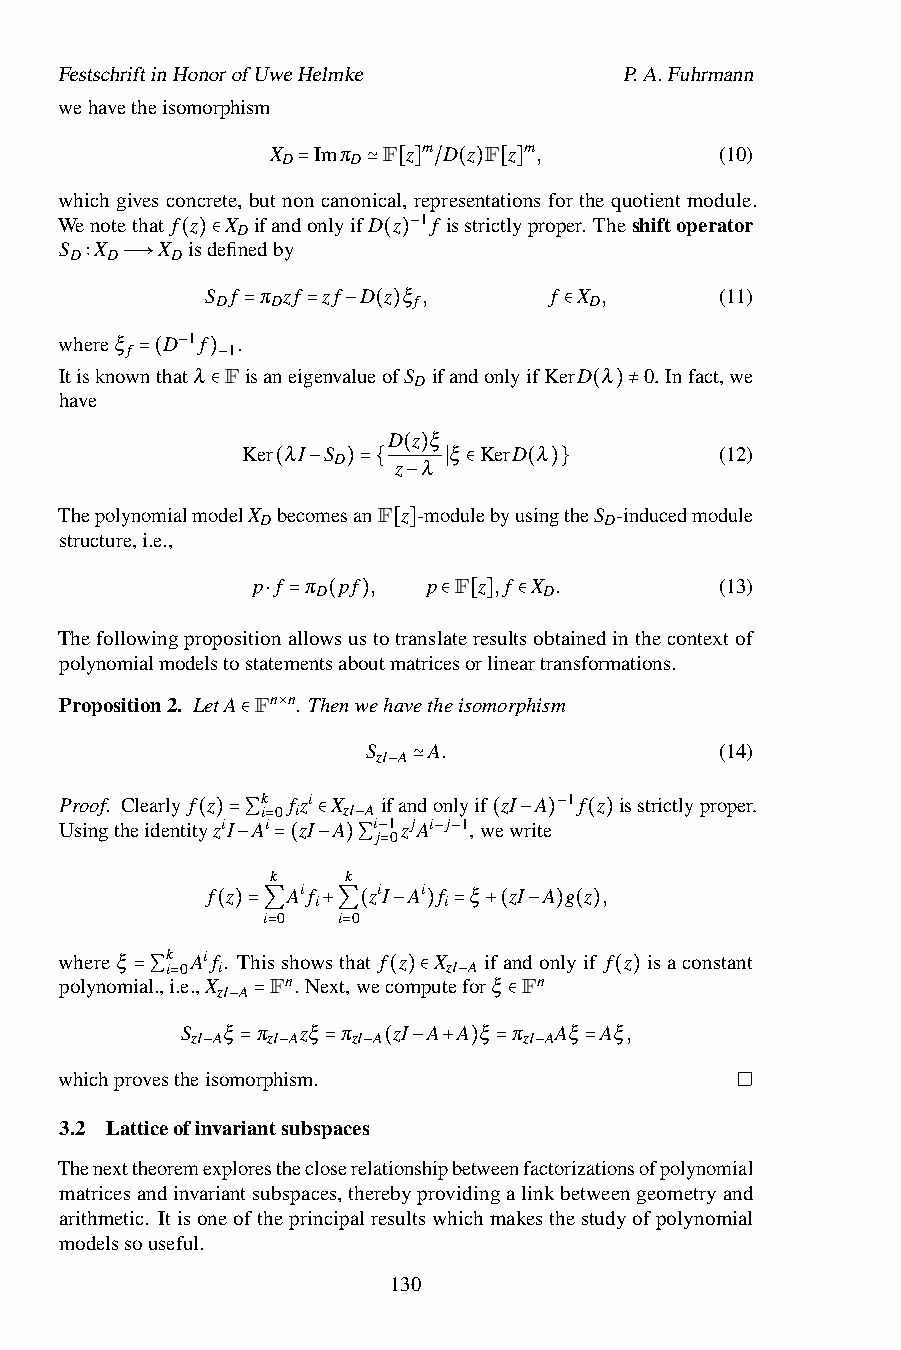
FestschriftinHonorofUweHelmke        P.A.Fuhrmann
 wehavetheisomorphism
 X  Imπ F z m D z F z m,       (10)
 D   D
 which gives concrete, but no=n canon≃ical[,]rep/re(se)nta[tio]ns for the quotient module.
 Wenotethat f z X ifandonlyifD z 1f isstrictlyproper. Theshiftoperator
 D
 S D X D X Disdefinedby −
 ( )∈         ( )
 ∶ —→    S Df π Dzf zf D z ξ f, f X D,     (11)
 whereξ D 1f .=  =  − ( )         ∈
 f      1
 Itisknowntha−tλ FisaneigenvalueofS ifandonlyifKerD λ 0. Infact,we
 =(   )−           D
 have
 ∈                        ( )≠
 D z ξ
 Ker λI S      ξ KerD λ          (12)
 D
 z λ
 ( )
 ( −  )={   ∣ ∈   ( )}
 ThepolynomialmodelX becomesanF z−-modulebyusingtheS -inducedmodule
 D                      D
 structure,i.e.,
 [ ]
 p f π pf , p F z ,f X .        (13)
 D              D
 Thefollowingpropositio⋅na=llow(sus)totransl∈ate[re]sult∈sobtainedinthecontextof
 polynomialmodelstostatementsaboutmatricesorlineartransformations.
 Proposition2. LetA Fn n. Thenwehavetheisomorphism
 ×
 ∈       S zI A A.               (14)
 Proof. Clearly f z k fzi X if− an≃ donlyif zI A 1f z isstrictlyproper.
 i 0 i zI A
 UsingtheidentityziI Ai zI A i
 j
 1 0zjAi j 1,wewrite−
 ( )=∑=  ∈ −
 −   − −
 ( − ) ( )
 − k=( − k)∑ =
 f z  Aif  ziI Ai f ξ zI A g z ,
 i       i
 i 0  i 0
 ( )=∑  +∑(  − ) = +( − ) ( )
 whereξ k Aif. This= showst= hat f z X ifandonlyif f z isaconstant
 i 0 i             zI A
 polynomial.,i.e.,X Fn. Next,wecomputeforξ Fn
 zI A
 =∑=              ( )∈ −         ( )
 S
 zI
 Aξ− =π
 zI
 Azξ π
 zI A
 zI A A ξ ∈π
 zI
 AAξ Aξ,
 whichprovesthe−isom=orph−ism.= − ( − + ) = − =
 3.2 Latticeofinvariantsubspaces
 Thenexttheoremexploresthecloserelationshipbetweenfactorizationsofpolynomial
 matricesandinvariantsubspaces,therebyprovidingalinkbetweengeometryand
 arithmetic. Itisoneoftheprincipalresultswhichmakesthestudyofpolynomial
 modelssouseful.
 130